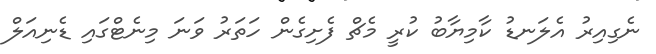
ނެގިއިރު އެލަނޑު ކާމިޔާބު ކުރީ މެޗް ފެށިގެން ހަތަރު ވަނަ މިނެޓްގައި ޑެނިއަލް